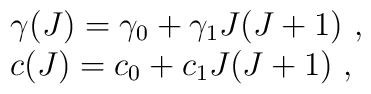
\begin{array}{l}\gamma(J)=\gamma_0+\gamma_1J(J+1)~,\\c(J)=c_0+c_1J(J+1)~,\end{array}